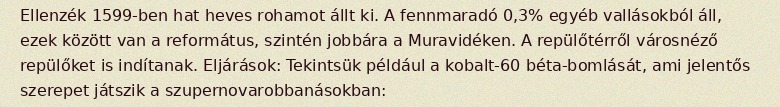
Ellenzék 1599-ben hat heves rohamot állt ki. A fennmaradó 0,3% egyéb vallásokból áll, ezek között van a református, szintén jobbára a Muravidéken. A repülőtérről városnéző repülőket is indítanak. Eljárások: Tekintsük például a kobalt-60 béta-bomlását, ami jelentős szerepet játszik a szupernovarobbanásokban: